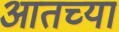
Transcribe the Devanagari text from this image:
आतच्या